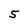
Character: 5